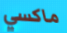
ماكسي